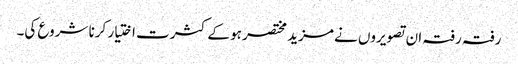
رفتہ رفتہ ان تصویروں نے مزید مختصر ہو کے کثرت اختیار کرنا شروع کی۔